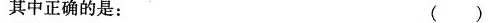
其中正确的是：()